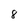
Character: 8